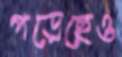
পড়েছেও